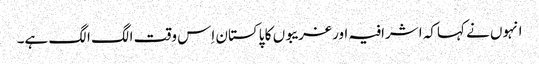
انہوں نے کہاکہ اشرافیہ اور غریبوں کا پاکستان اِس وقت الگ الگ ہے۔